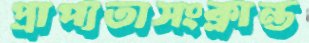
প্রাপ্যতাসংক্রান্ত